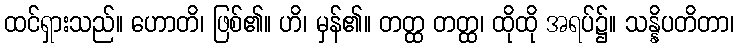
ထင်ရှားသည်။ ဟောတိ၊ ဖြစ်၏။ ဟိ၊ မှန်၏။ တတ္ထ တတ္ထ၊ ထိုထို အရပ်၌။ သန္နိပတိတာ၊